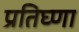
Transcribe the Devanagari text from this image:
प्रतिघ्णा